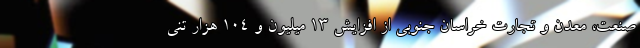
صنعت، معدن و تجارت خراسان جنوبی از افزایش ۱۳ میلیون و ۱۰۴ هزار تنی